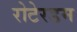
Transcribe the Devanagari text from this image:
रोटेरडम